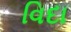
વિદા